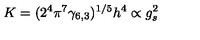
K = ( 2 ^ { 4 } \pi ^ { 7 } \gamma _ { 6 , 3 } ) ^ { 1 / 5 } h ^ { 4 } \propto g _ { s } ^ { 2 }